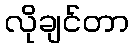
လိုချင်တာ